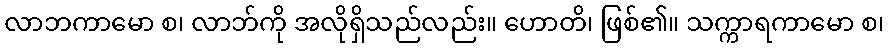
လာဘကာမော စ၊ လာဘ်ကို အလိုရှိသည်လည်း။ ဟောတိ၊ ဖြစ်၏။ သက္ကာရကာမော စ၊